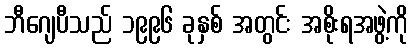
ဘီဂျေပီသည် ၁၉၉၆ ခုနှစ် အတွင်း အစိုးရအဖွဲ့ကို